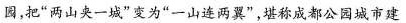
园，把”两山夹一城”变为”一山连两翼”，堪称成都公园城市建